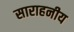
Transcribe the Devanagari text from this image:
साराहनीय